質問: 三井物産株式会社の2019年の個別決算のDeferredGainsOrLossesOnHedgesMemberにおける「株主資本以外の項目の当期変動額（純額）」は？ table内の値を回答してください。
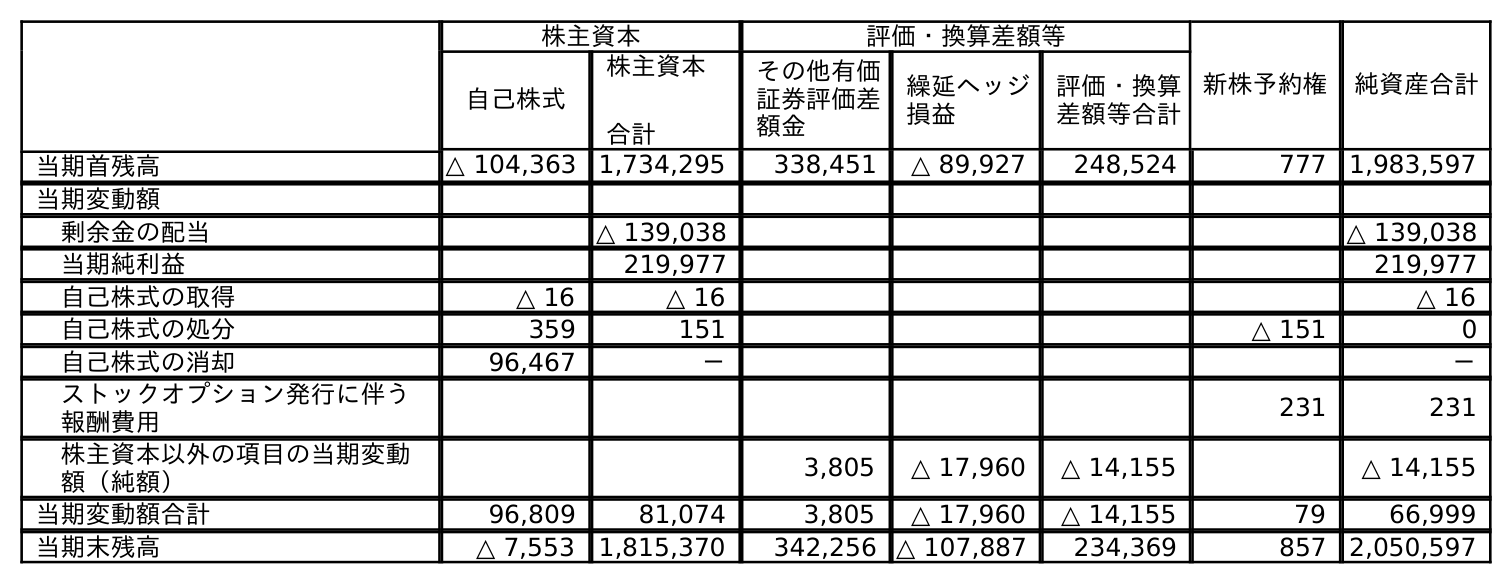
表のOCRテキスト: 株主資本 評価・換算差額等 新株予約権 純資産合計 自己株式 株主資本 合計 その他有価 証券評価差 額金 繰延ヘッジ 損益 評価・換算 差額等合計 当期首残高 △ 104,363 1,734,295 338,451 △ 89,927 248,524 777 1,983,597 当期変動額 剰余金の配当 △ 139,038 △ 139,038 当期純利益 219,977 219,977 自己株式の取得 △ 16 △ 16 △ 16 自己株式の処分 359 151 △ 151 0 自己株式の消却 96,467 － － ストックオプション発行に伴う 報酬費用 231 231 株主資本以外の項目の当期変動 額（純額） 3,805 △ 17,960 △ 14,155 △ 14,155 当期変動額合計 96,809 81,074 3,805 △ 17,960 △ 14,155 79 66,999 当期末残高 △ 7,553 1,815,370 342,256 △ 107,887 234,369 857 2,050,597
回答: △17,960